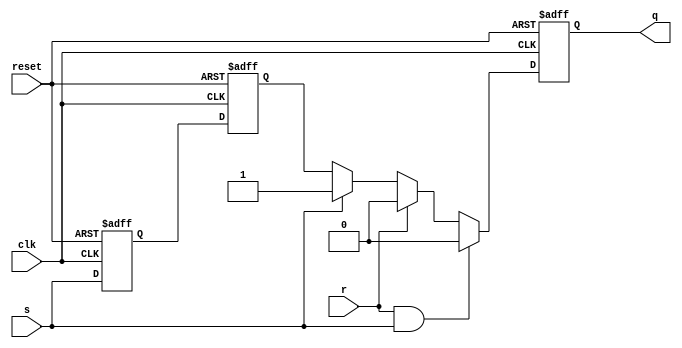
module sr_flip_flop (
    input wire reset,
    input wire clk,
    input wire s,
    input wire r,
    output reg q
);

reg d, q_temp;

// Master D flip-flop
always @(posedge clk or posedge reset) begin
    if (reset) begin
        d <= 1'b0;
    end else begin
        d <= s;
    end
end

// Slave D flip-flop
always @(posedge clk or posedge reset) begin
    if (reset) begin
        q_temp <= 1'b0;
    end else begin
        q_temp <= d;
    end
end

// SR flip-flop logic
always @(posedge clk or posedge reset) begin
    if (reset) begin
        q <= 1'b0;
    end else if (r && s) begin
        q <= 1'b0;
    end else if (r) begin
        q <= 1'b0;
    end else if (s) begin
        q <= 1'b1;
    end else begin
        q <= q_temp;
    end
end

endmodule